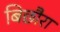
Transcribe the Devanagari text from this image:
बिछौरा